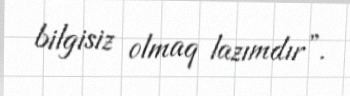
bilgisiz olmaq lazımdır”.